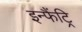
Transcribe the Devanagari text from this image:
इन्फैंट्रि